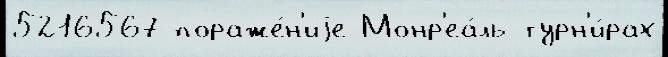
5216567 пораже́н'иjе Монр'еа́ль турн'и́рах